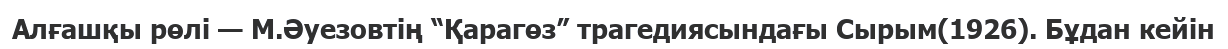
Алғашқы рөлі — М.Әуезовтің “Қарагөз” трагедиясындағы Сырым(1926). Бұдан кейін